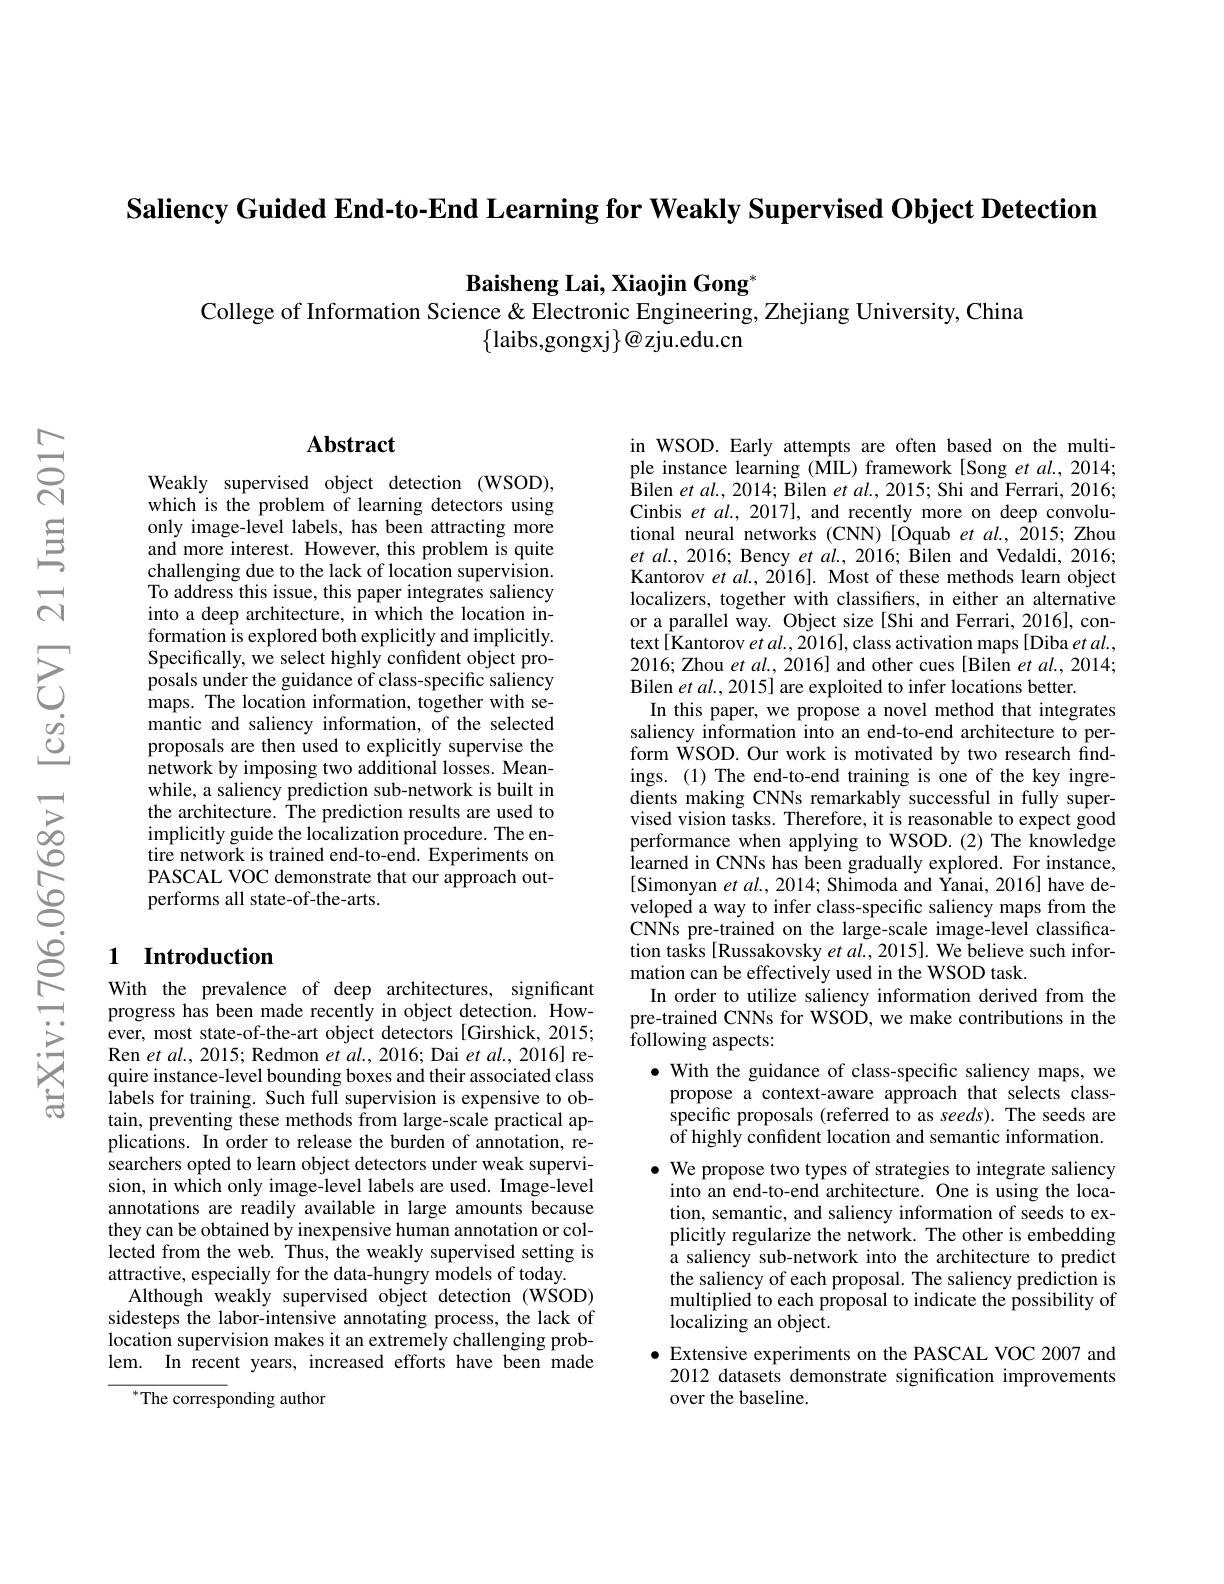
Saliency Guided End-to-End Learning for Weakly Supervised Object Detection

$\textbf{Baisheng Lai, Xiaojin Gong}^*$
College of Information Science & Electronic Engineering, Zhejiang University, China
$\{$laibs,gongxj$\}@$zju.edu.cn

## Abstract

Weakly supervised object detection (WSOD), which is the problem of learning detectors using only image-level labels, has been attracting more and more interest. However, this problem is quite challenging due to the lack of location supervision. To address this issue, this paper integrates saliency into a deep architecture, in which the location information is explored both explicitly and implicitly. Specifically, we select highly confident object proposals under the guidance of class-specific saliency maps. The location information, together with semantic and saliency information, of the selected proposals are then used to explicitly supervise the network by imposing two additional losses. Meanwhile, a saliency prediction sub-network is built in the architecture. The prediction results are used to implicitly guide the localization procedure. The entire network is trained end-to-end. Experiments on PASCAL VOC demonstrate that our approach outperforms all state-of-the-arts.

## 1 Introduction

With the prevalence of deep architectures, significant progress has been made recently in object detection. However, most state-of-the-art object detectors [Girshick, 2015; Ren et al. , 2015; Redmon et al. , 2016; Dai et al. , 2016] re- quire instance-level bounding boxes and their associated class $\hat{\text{labels for training. Such full supervision is expensive to ob-}}$ tain, preventing these methods from large-scale practical applications. In order to release the burden of annotation, researchers opted to learn object detectors under weak supervision, in which only image-level labels are used. Image-level annotations are readily available in large amounts because they can be obtained by inexpensive human annotation or collected from the web. Thus, the weakly supervised setting is attractive, especially for the data-hungry models of today.
Although weakly supervised object detection (WSOD) sidesteps the labor-intensive annotating process, the lack of location supervision makes it an extremely challenging problem. In recent years, increased efforts have been made

$^{*}$The corresponding author

in WSOD. Early attempts are often based on the multiple instance learning (MIL) framework [Song et al., 2014; Bilen et al. , 2014; Bilen et al. , 2015; Shi and Ferrari, 2016; Cinbis $etal.,2017]$, and recently more on deep convolutional neural networks (CNN) [Oquab et al., 2015; Zhou $et$ $al. $, 2016; Bency $et$ $al. $, 2016; Bilen and Vedaldi, 2016; Kantorov et al., 2016]. Most of these methods learn object localizers, together with classifiers, in either an alternative or a parallel way. Object size[Shi and Ferrari, 2016], context[Kantorov et al., 2016], class activation maps[Diba et al. 2016; Zhou et al., 2016] and other cues [Bilen et al., 2014; Bilen $etal.,2015]$ are exploited to infer locations better.
In this paper, we propose a novel method that integrates saliency information into an end-to-end architecture to perform WSOD. Our work is motivated by two research findings.(1) The end-to-end training is one of the key ingredients making CNNs remarkably successful in fully supervised vision tasks. Therefore, it is reasonable to expect good performance when applying to WSOD.(2) The knowledge learned in CNNs has been gradually explored. For instance, [Simonyan $etal.,2014;$ Shimoda and Yanai, 2016] have developed a way to infer class-specific saliency maps from the CNNs pre-trained on the large-scale image-level classification tasks[Russakovsky $etal.,2015].$ We believe such information can be effectively used in the WSOD task.
In order to utilize saliency information derived from the pre-trained CNNs for WSOD, we make contributions in the ${\bar{\mathrm{following~aspects:}}}$
$\bullet$ With the guidance of class-specific saliency maps, we propose a context-aware approach that selects classspecific proposals (referred to as seeds). The seeds are of highly confident location and semantic information.
$\bullet$ We propose two types of strategies to integrate saliency
into an end-to-end architecture. One is using the location, semantic, and saliency information of seeds to explicitly regularize the network. The other is embedding a saliency sub-network into the architecture to predict the saliency of each proposal. The saliency prediction is multiplied to each proposal to indicate the possibility of $\hat{\text{localizing an object}}.$
$\bullet$ Extensive experiments on the PASCAL VOC 2007 and
2012 datasets demonstrate signification improvements
over the baseline.